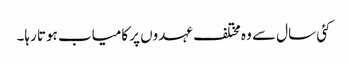
کئی سال سے وہ مختلف عہدوں پر کامیاب ہوتا رہا۔